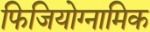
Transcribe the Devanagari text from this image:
फिजियोग्नामिक